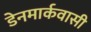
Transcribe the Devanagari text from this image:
डेनमार्कवासी